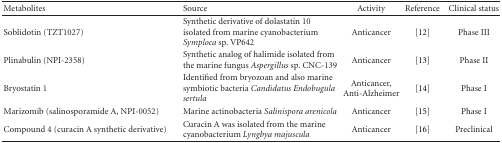
| Metabolites | Source | Activity | Reference | Clinical status |
 | --- | --- | --- | --- | --- |
 | Soblidotin (TZT1027) | Synthetic derivative of dolastatin 10 isolated from marine cyanobacterium Symploca sp. VP642 | Anticancer | [12] | Phase III |
 | Plinabulin (NPI-2358) | Synthetic analog of halimide isolated from the marine fungus Aspergillus sp. CNC-139 | Anticancer | [13] | Phase II |
 | Bryostatin 1 | Identified from bryozoan and also marine symbiotic bacteria Candidatus Endobugula sertula | Anticancer, Anti-Alzheimer | [14] | Phase I |
 | Marizomib (salinosporamide A, NPI-0052) | Marine actinobacteria Salinispora arenicola | Anticancer | [15] | Phase I |
 | Compound 4 (curacin A synthetic derivative) | Curacin A was isolated from the marine cyanobacterium Lyngbya majuscula | Anticancer | [16] | Preclinical |